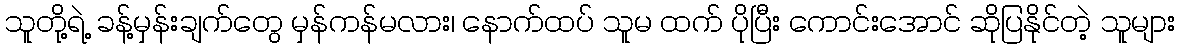
သူတို့ရဲ့ ခန့်မှန်းချက်တွေ မှန်ကန်မလား၊ နောက်ထပ် သူမ ထက် ပိုပြီး ကောင်းအောင် ဆိုပြနိုင်တဲ့ သူများ